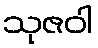
သုဇဝါ